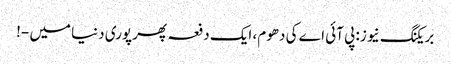
بریکنگ نیو ز: پی آئی اے کی دھوم، ایک دفعہ پھر پوری دنیا میں -!